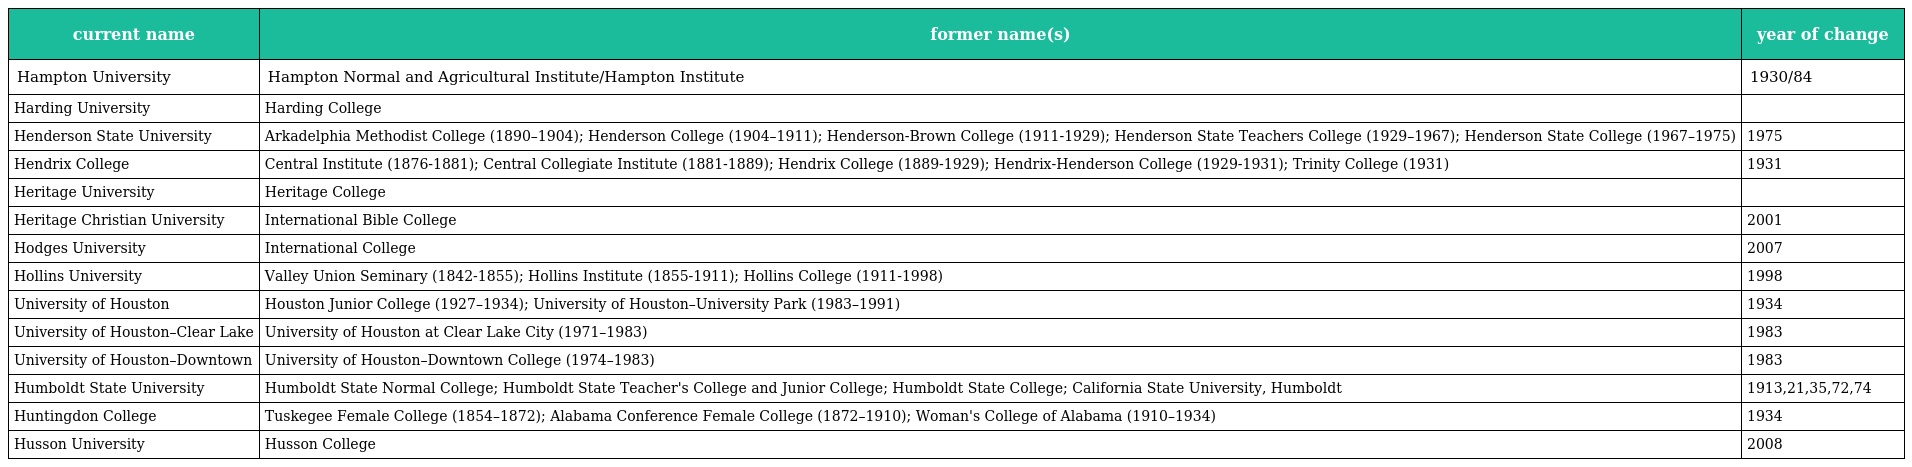
| current name | former name(s) | year of change |
 | --- | --- | --- |
 | Hampton University | Hampton Normal and Agricultural Institute/Hampton Institute | 1930/84 |
 | Harding University | Harding College |  |
 | Henderson State University | Arkadelphia Methodist College (1890–1904); Henderson College (1904–1911); Henderson-Brown College (1911-1929); Henderson State Teachers College (1929–1967); Henderson State College (1967–1975) | 1975 |
 | Hendrix College | Central Institute (1876-1881); Central Collegiate Institute (1881-1889); Hendrix College (1889-1929); Hendrix-Henderson College (1929-1931); Trinity College (1931) | 1931 |
 | Heritage University | Heritage College |  |
 | Heritage Christian University | International Bible College | 2001 |
 | Hodges University | International College | 2007 |
 | Hollins University | Valley Union Seminary (1842-1855); Hollins Institute (1855-1911); Hollins College (1911-1998) | 1998 |
 | University of Houston | Houston Junior College (1927–1934); University of Houston–University Park (1983–1991) | 1934 |
 | University of Houston–Clear Lake | University of Houston at Clear Lake City (1971–1983) | 1983 |
 | University of Houston–Downtown | University of Houston–Downtown College (1974–1983) | 1983 |
 | Humboldt State University | Humboldt State Normal College; Humboldt State Teacher's College and Junior College; Humboldt State College; California State University, Humboldt | 1913,21,35,72,74 |
 | Huntingdon College | Tuskegee Female College (1854–1872); Alabama Conference Female College (1872–1910); Woman's College of Alabama (1910–1934) | 1934 |
 | Husson University | Husson College | 2008 |